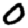
Digit: 0